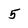
Character: 5